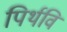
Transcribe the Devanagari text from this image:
पिर्थवि